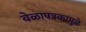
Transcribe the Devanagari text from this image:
वेळापत्रकामुळे